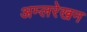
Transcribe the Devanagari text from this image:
अम्लरेखन